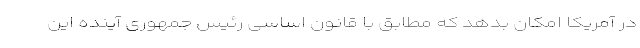
در آمریکا امکان بدهد که مطابق با قانون اساسی رئیس جمهوری آینده این